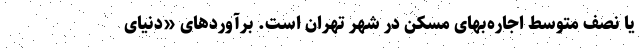
یا نصف متوسط اجاره‌‌بهای مسکن در شهر تهران است. برآوردهای «دنیای‌